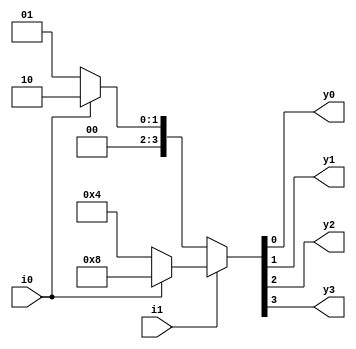
// Code your design here


module demux(input i0,i1,
             output y0,y1,y2,y3);
  
  assign {y3,y2,y1,y0} = i1 ? (i0 ? {1'b1,3'b0} : {1'b0,1'b1,2'b0}) : (i0 ? {2'b0,1'b1,1'b0} : {3'b0,1'b1});
  
endmodule


// Code your testbench here
// or browse Examples


module demux_tb;
  
  reg i0,i1;
  wire y0,y1,y2,y3;
  
  demux dut(i0,i1,y0,y1,y2,y3);
  
  initial begin 
    
    $monitor("time = %0t | i0 = %b | i1 = %b | y0 =%b | y1 = %b | y2 =%b | y3 = %b",$time,i0,i1,y0,y1,y2,y3);
    
    i0 = 0; i1 = 0; #10;
    
    i0 = 0; i1 = 1; #10;
    
    i0 = 1; i1 = 0; #10;
    
    i0 = 1; i1 = 1; #10;
    
    i0 = 0; i1 = 0; #10;
    
  end
endmodule